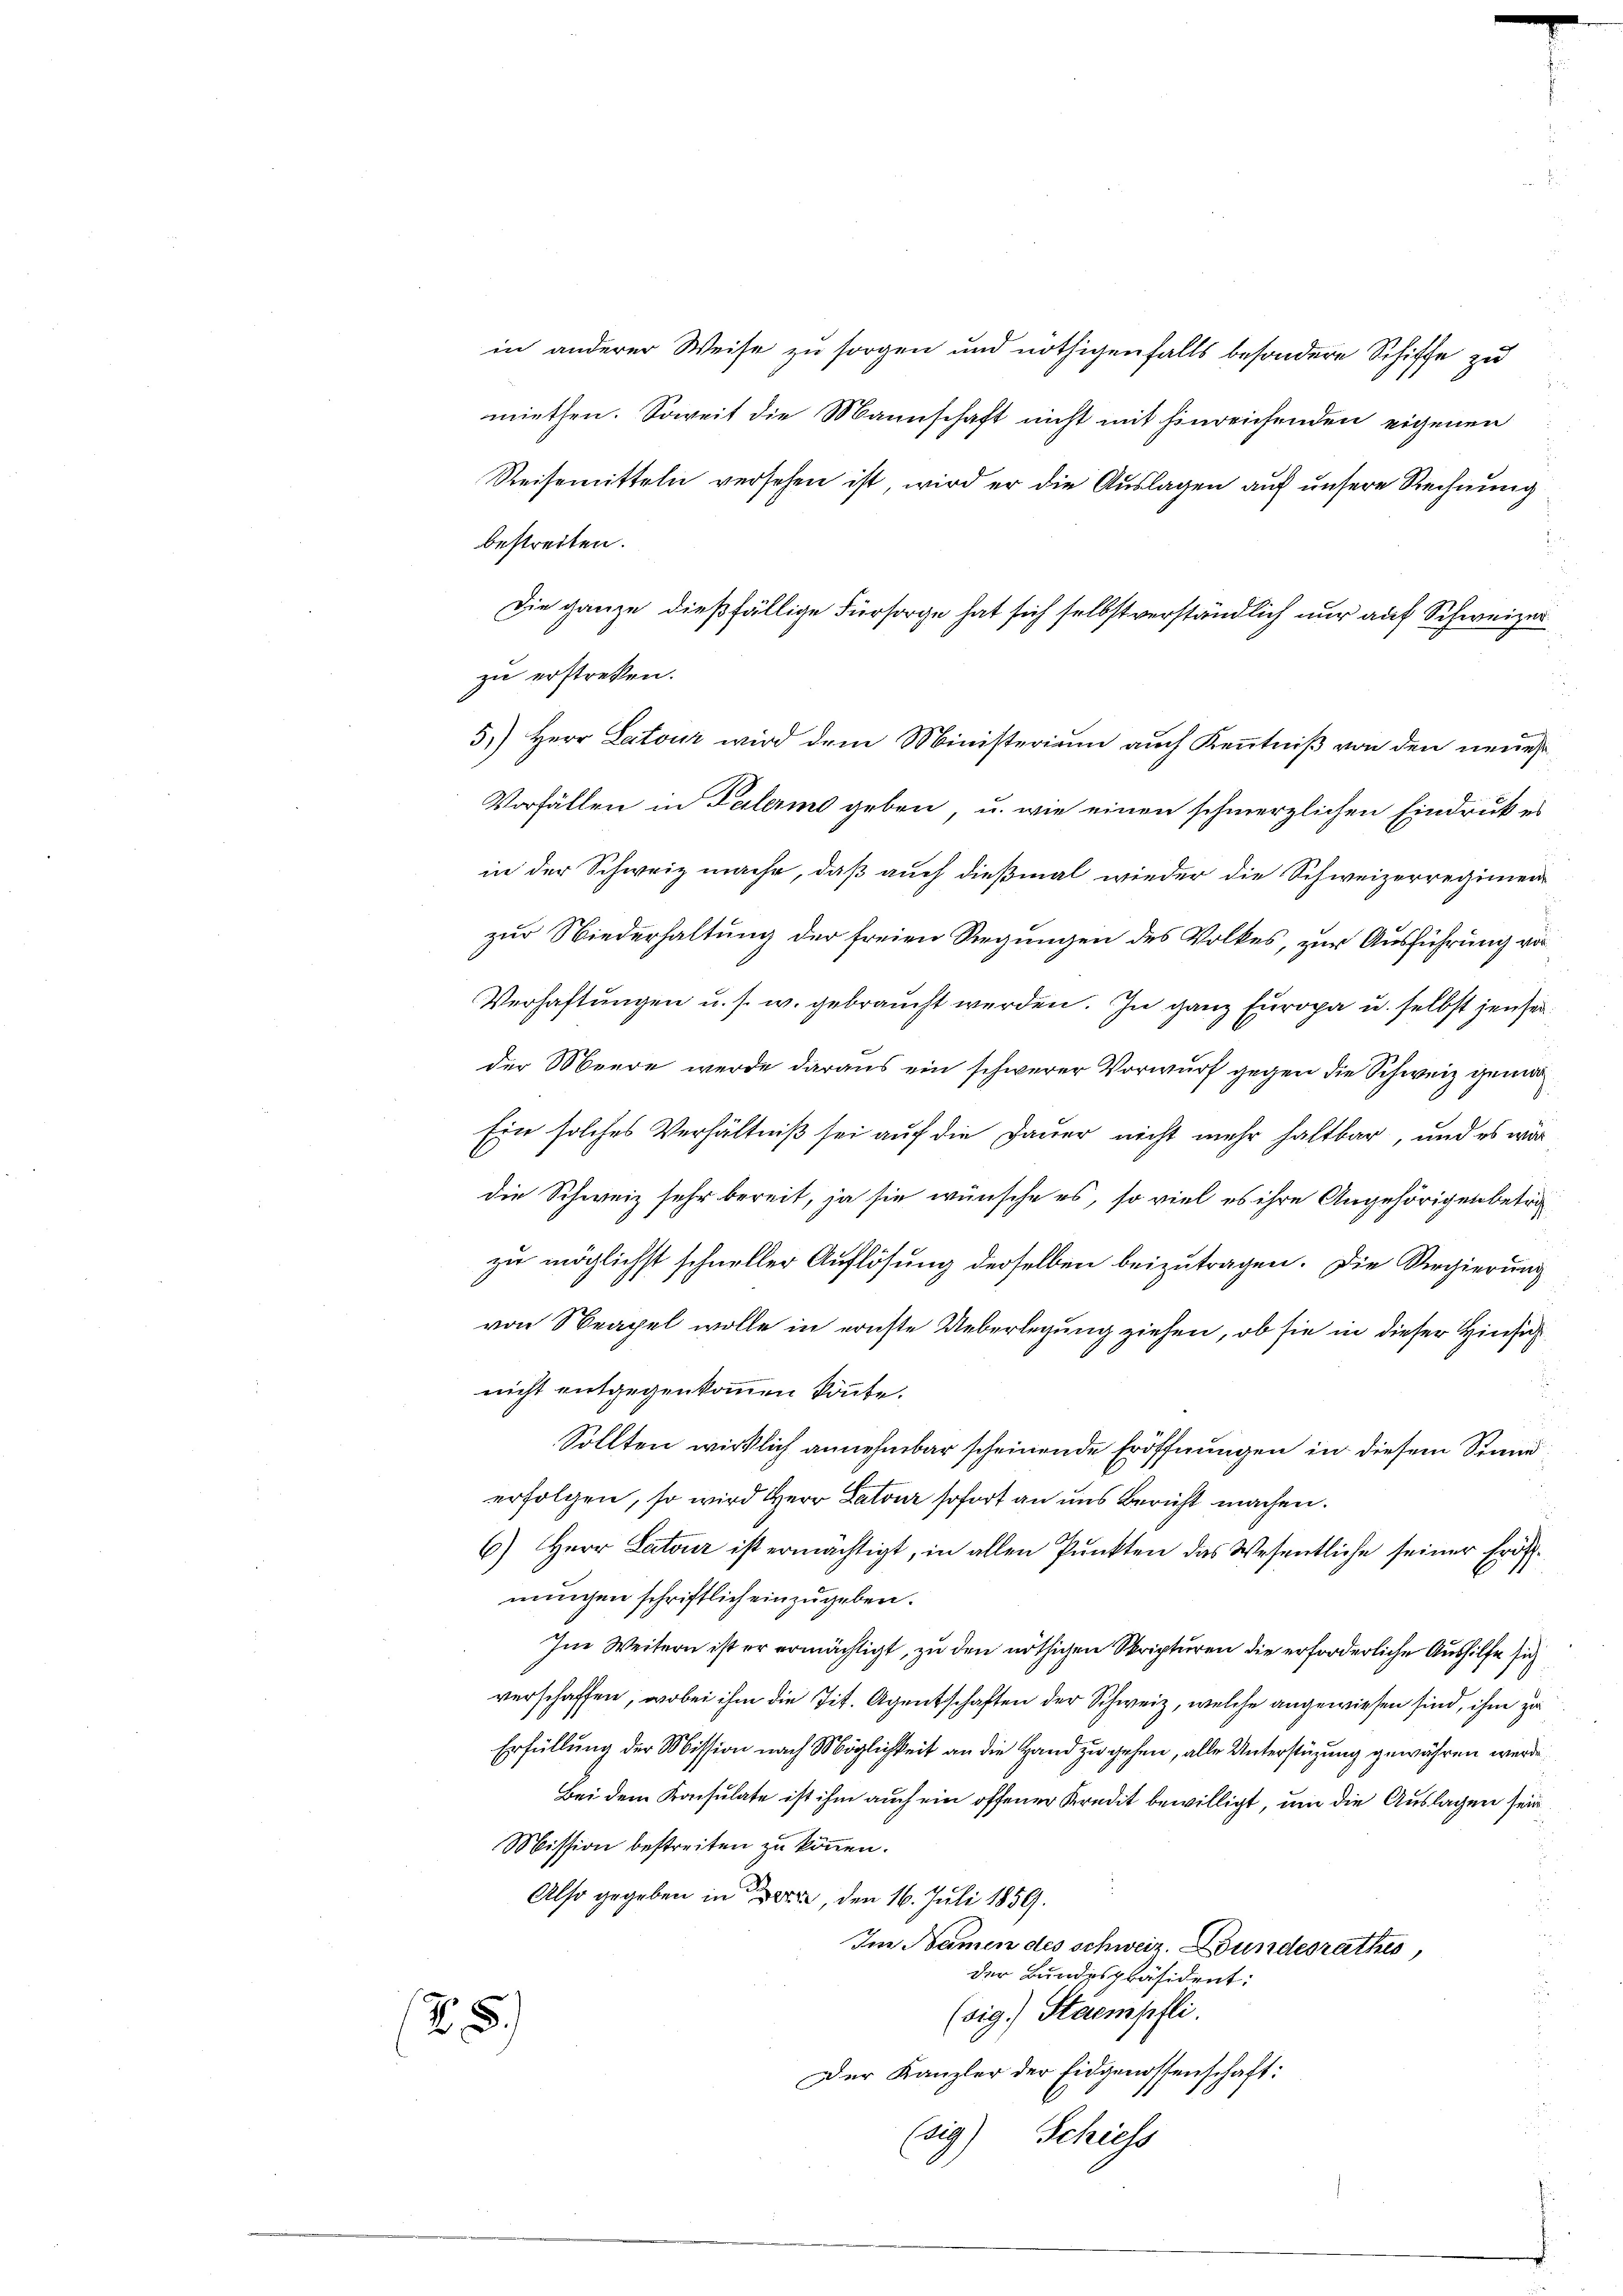
in anderer Weise zu sorgen und nöthigenfalls besondere Schiffe zu
miethen. Soweit die Mannschaft nicht mit hinreichenden eigenen
Reisemitteln versehen ist, wird er die Auslagen auf unsere Rechnung
bestreiten.
zu erstreten.
Vorfällen in Palerme geben, u. wie einen schmerzlichen Eindruck es
in der Schweiz mache, daß auch dießmal wieder die Schweizerregimen
zur Niederhaltung der freien Regungen des Volkes, zur Ausführung vor
Verhaftungen u. s. w. gebraucht werden. In ganz Europa u. selbst jenseider Meere werde daraus ein schwerer Vorwurf gegen die Schweiz gema
Ein solches Verhältniß sei auf die Dauer nicht mehr haltbar, und es wär
die Schweiz sehr bereit, ja sie wünsche es, so viel es ihre Angehörigen betrizu möglichst schneller Auflösung derselben beizutragen. Die Regierung
von Neapel wolle in ernste Ueberlegung ziehen, ob sie in dieser Hinsich
nicht entgegenkommen könnte.
Sollten wirklich annehmbar scheinende Eröffnungen in diesem Stand
erfolgen, so wird Herr Latour sofort an uns Bericht machen.
6.) Herr Latour ist ermächtigt, in allen Punkten das Wesentliche seiner Eröfnungen schriftlich einzugeben.
Im Weitern ist er ermächtigt, zu den nöthigen Skripturen die erforderliche Aushilfe sich
verschaffen, wobei ihm die Tit. Agentschaften der Schweiz, welche angewiesen sind, ihm zu
Erfüllung der Mission nach Möglichkeit an die Hand zu gehen, alle Unterstüzung gewähren werde.
Bei dem Konsulate ist ihm auch ein offener Kredit bewilligt, um die Auslagen sein
Mission bestreiten zu können.
Also gegeben in Bern, den 16. Juli 1859.
Im Namen des schweiz. Bundesrathes,
der Bundespräsident:
(sig.) Stampfli
5
Der Kanzler der Eidgenossenschaft:
Eich
Schliess

Die ganze dießfällige Fürsorge hat sich selbst verständlich nur auf Schweizer

5.) Herr Latour wird dem Ministerium auch Kenntniß von den neues